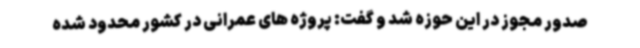
صدور مجوز در این حوزه شد و گفت: پروژه های عمرانی در کشور محدود شده